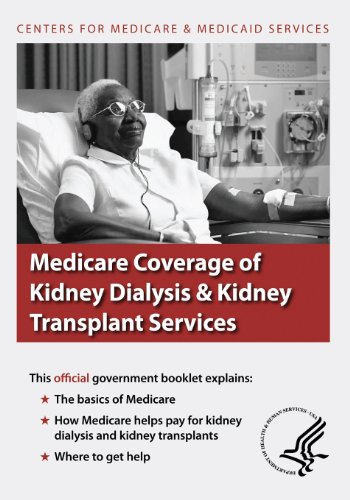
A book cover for Medicare Coverage of Kidney Dialysis & Kidney Transplant Services; U.S. Department of Health and Human Services; Medical Books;